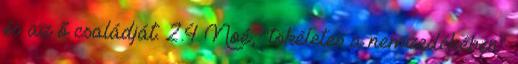
és az ő családját. 2.4 Noé, "tökéletes a nemzedékében"